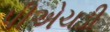
પીએચડી